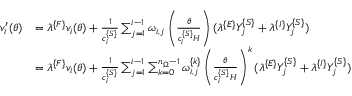
\begin{array} { r l } { v _ { i } ^ { \prime } ( \theta ) } & { = \lambda ^ { \{ F \} } v _ { i } ( \theta ) + \frac { 1 } { c _ { i } ^ { \{ S \} } } \sum _ { j = 1 } ^ { i - 1 } \omega _ { i , j } \left( \frac { \theta } { c _ { i } ^ { \{ S \} } H } \right) ( \lambda ^ { \{ E \} } Y _ { j } ^ { \{ S \} } + \lambda ^ { \{ I \} } Y _ { j } ^ { \{ S \} } ) } \\ & { = \lambda ^ { \{ F \} } v _ { i } ( \theta ) + \frac { 1 } { c _ { i } ^ { \{ S \} } } \sum _ { j = 1 } ^ { i - 1 } \sum _ { k = 0 } ^ { n _ { \Omega } - 1 } \omega _ { i , j } ^ { \{ k \} } \left( \frac { \theta } { c _ { i } ^ { \{ S \} } H } \right) ^ { k } ( \lambda ^ { \{ E \} } Y _ { j } ^ { \{ S \} } + \lambda ^ { \{ I \} } Y _ { j } ^ { \{ S \} } ) } \end{array}